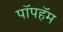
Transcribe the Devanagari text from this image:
पॉपहॅम